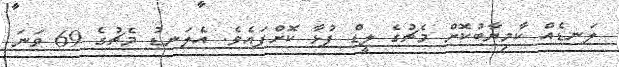
ލަނޑެއް ކާމިޔާބުކޮށް މެޗުގެ ލީޑް ފުޅާ ކޮށްފައެވެ. އެލަނޑު މެޗުގެ 69 ވަނަ